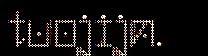
tuojijn.